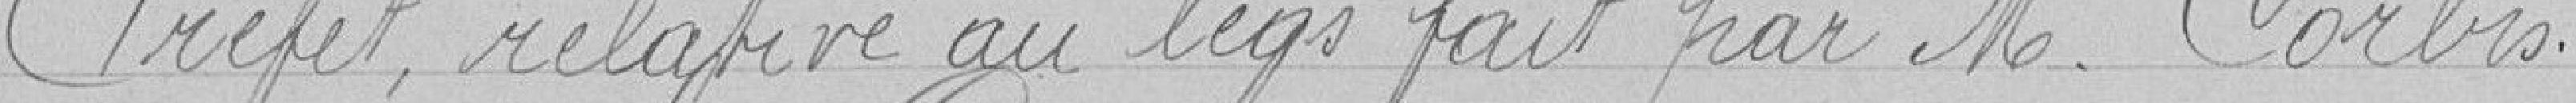
Préfet, relative au legs fait par Monsieur Corbis.